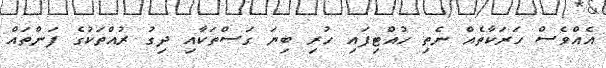
އެއްވެސް ހަރަކާތެއް ނެތި ހުއްޓިފައި ހުރި ބިޔަ ގަސްތަކާއި ދިގު ރުއްތަކުގެ ފަންތައް